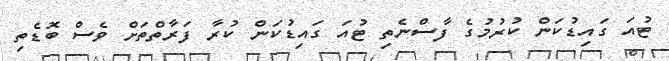
ޓުއަ ގައިޑުކަން ކުރުމުގެ ފާސްނެތި ޓުއަ ގައިޑުކަން ކުރާ ފަރާތްތަށް ވެސް ބޮޑެތި